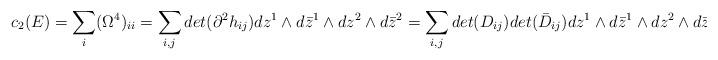
LaTeX: \begin{align*}c_2(E)=\sum_i (\Omega^{4})_{ii}=\sum_{i,j} det(\partial^{2}h_{ij}) dz^{1} \wedge d\bar{z}^{1} \wedge dz^{2} \wedge d\bar{z}^{2}=\sum_{i,j} det(D_{ij})det(\bar D_{ij}) dz^{1} \wedge d\bar{z}^{1} \wedge dz^{2} \wedge d\bar{z}^{2} \end{align*}